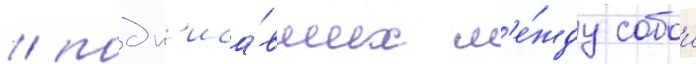
/ подп'иса́вших м'е́жду собои